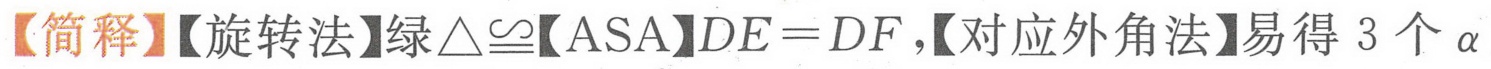
【简释】【旋转法】绿$\triangle\cong$【ASA】$DE = DF$，【对应外角法】易得 3 个$\alpha$